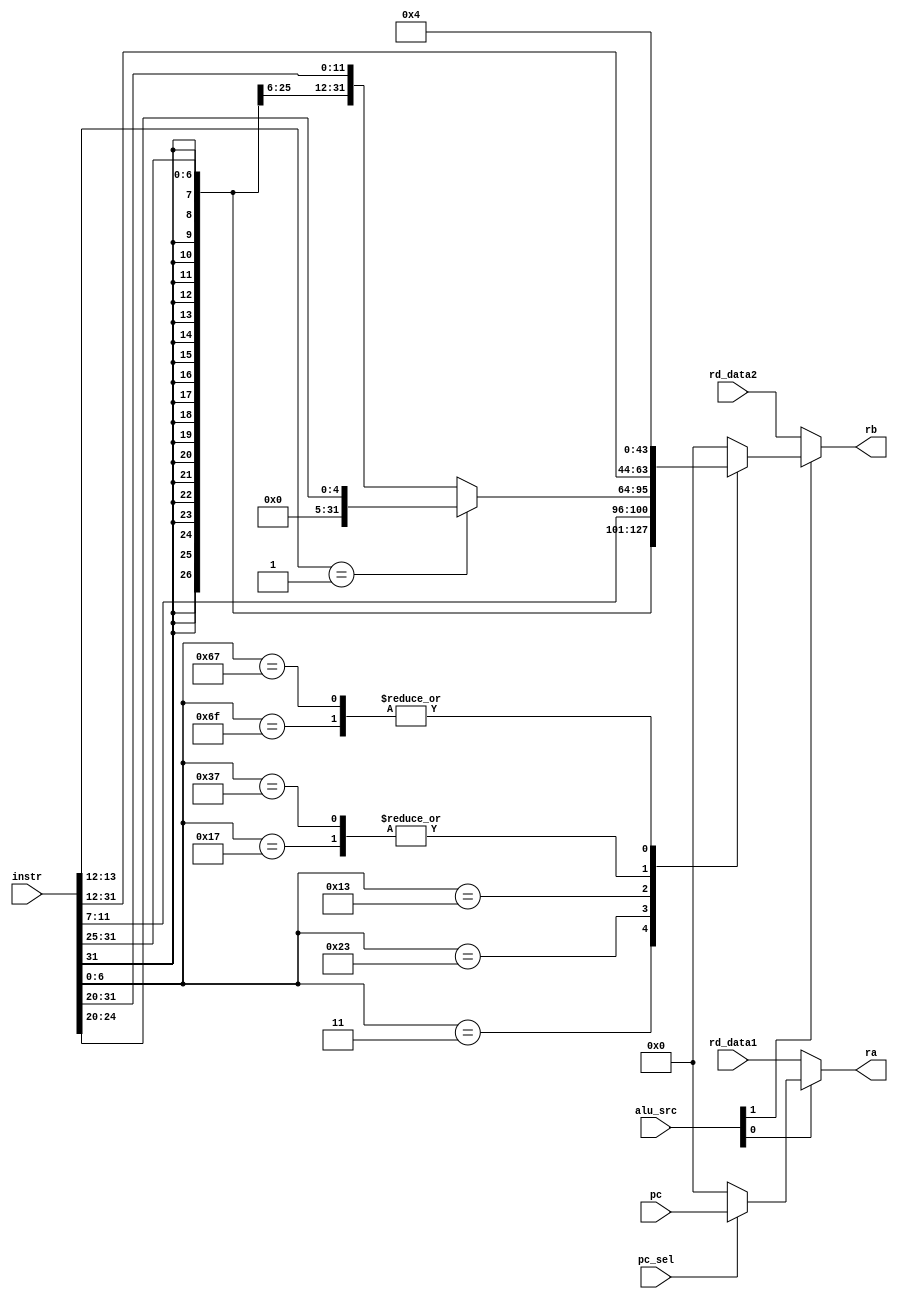
/*****************************************************************************   
                      
Filename        : imm_gen.v
Author          : Sai Gautham Ravipati (EE19B053)
Date            : 10th October 2021 
Description     : Used to generate imm./other values and give operands of ALU
                  
                  Inputs - 
                  - instr. => 32-bit instruction (idata[31:0]). 
                  - rd_data1 => Data of source register-1 from reg_file.
                  - rd_data2 => Data of source register-2 from reg_file. 
                  - pc => Current value of program counter (iaddr). 
                  - alu_src => Used to select ALU operands between imm./other
                               values and source registers. 
                  - pc_sel => Used to select between pc and 32{1'b0}, for ops
                              like JAL, JALR and AUIPC.  
                              
                  Outputs -
                  - ra => 32-bit operand-1 of ALU
                  - rb => 32-bit operand-2 of ALU   
                  
                  Finally operands to the ALU are selected based the control 
                  signals. 
                  
Note on JAL, JALR, AUIPC, LUI : 

- For JAL and JALR, pc is taken as imm_data1 and constant val. 4 as imm_data2
  and the ALU is used to compute PC+4 and same is stored in destination reg. 
- For AUIPC, pc istaken as imm_data1 and imm_data2 comes from the instr. bits,
  and ALU computes the some to store in destination reg.   
- For LUI, imm_data1 is set to 0, as pc_sel is 0 and alu_src[0] is 1. So this
  is equivalent to addition of zero in the ALU, and same shall be loaded to
  the destination register in next iteration. 
- For all these operation alu_op is 00, so it corresponds to addition in ALU. 
            
*****************************************************************************/ 

module imm_gen( 
    input [31:0] instr, 
    input [31:0] rd_data1, 
    input [31:0] rd_data2,
    input [31:0] pc, 
    input [1:0] alu_src, 
    input pc_sel, 
    output [31:0] rb,
    output [31:0] ra
);
    
    reg [31:0] imm_data2;    
    reg [31:0] imm_data1; 
    
    always @(*) begin 
        case(instr[6:0]) 
            7'b0000011:  imm_data2 = {{20{instr[31]}},instr[31:20]};                                                                //Load 
            7'b0100011:  imm_data2 = {{20{instr[31]}},instr[31:25],instr[11:7]};                                                    //Store 
            7'b0010011:  imm_data2 = ((instr[13:12] == 2'b01) ? ({{27{1'b0}},instr[24:20]}) : ({{20{instr[31]}},instr[31:20]}));    //ALU - Shamt/Imm. Value 
            7'b0010111:  imm_data2 = {instr[31:12],{12{1'b0}}};                                                                     //AUIPC
            7'b0110111:  imm_data2 = {instr[31:12],{12{1'b0}}};                                                                     //LUI
            7'b1101111:  imm_data2 = 32'd4;                                                                                         //JAL
            7'b1100111:  imm_data2 = 32'd4;                                                                                         //JALR
            default:     imm_data2 = {32{1'b0}};                                                                                    //Default set to zero
        endcase 
        imm_data1 = (pc_sel ?  pc : {32{1'b0}});    //Selects between pc and zero 
    end 
    
    assign rb = ((alu_src[1] == 1) ? imm_data2 : rd_data2);    //ALU operand-2 
    assign ra = ((alu_src[0] == 1) ? imm_data1 : rd_data1);    //ALU operand-1
    
endmodule